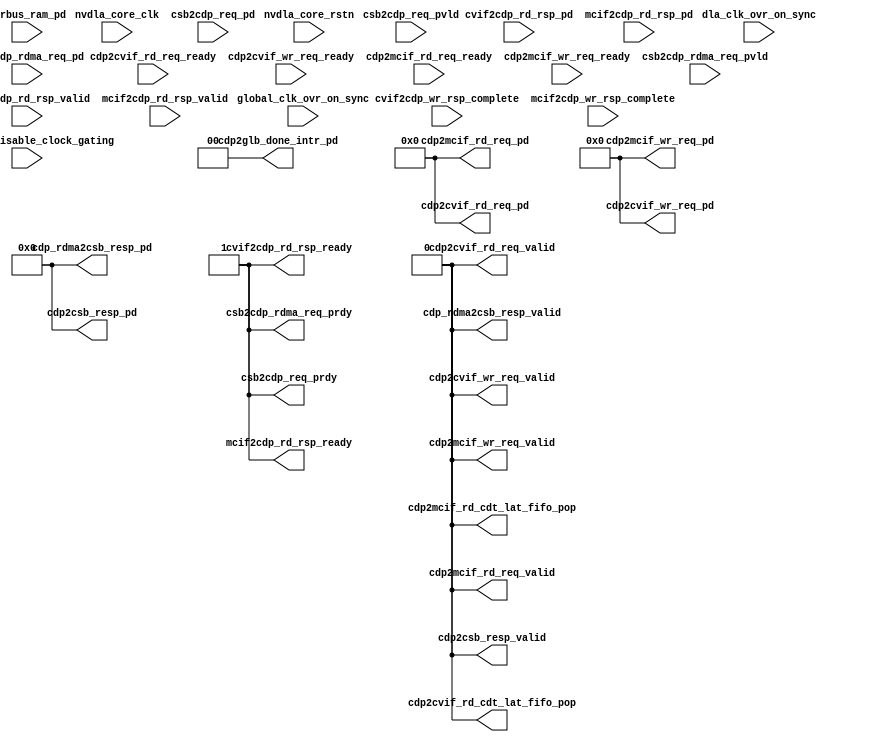
// ================================================================
// NVDLA Open Source Project
//
// Copyright(c) 2016 - 2017 NVIDIA Corporation. Licensed under the
// NVDLA Open Hardware License; Check "LICENSE" which comes with
// this distribution for more information.
// ================================================================
//
`define SYNTHESIS
//
module NV_NVDLA_cdp (
   dla_clk_ovr_on_sync //|< i
  ,global_clk_ovr_on_sync //|< i
  ,tmc2slcg_disable_clock_gating //|< i
  ,nvdla_core_clk //|< i
  ,nvdla_core_rstn //|< i
  ,cdp2csb_resp_valid //|> o
  ,cdp2csb_resp_pd //|> o
  ,cdp2cvif_rd_cdt_lat_fifo_pop //|> o
  ,cdp2cvif_rd_req_valid //|> o
  ,cdp2cvif_rd_req_ready //|< i
  ,cdp2cvif_rd_req_pd //|> o
  ,cdp2cvif_wr_req_valid //|> o
  ,cdp2cvif_wr_req_ready //|< i
  ,cdp2cvif_wr_req_pd //|> o
  ,cdp2glb_done_intr_pd //|> o
  ,cdp2mcif_rd_cdt_lat_fifo_pop //|> o
  ,cdp2mcif_rd_req_valid //|> o
  ,cdp2mcif_rd_req_ready //|< i
  ,cdp2mcif_rd_req_pd //|> o
  ,cdp2mcif_wr_req_valid //|> o
  ,cdp2mcif_wr_req_ready //|< i
  ,cdp2mcif_wr_req_pd //|> o
  ,cdp_rdma2csb_resp_valid //|> o
  ,cdp_rdma2csb_resp_pd //|> o
  ,csb2cdp_rdma_req_pvld //|< i
  ,csb2cdp_rdma_req_prdy //|> o
  ,csb2cdp_rdma_req_pd //|< i
  ,csb2cdp_req_pvld //|< i
  ,csb2cdp_req_prdy //|> o
  ,csb2cdp_req_pd //|< i
  ,cvif2cdp_rd_rsp_valid //|< i
  ,cvif2cdp_rd_rsp_ready //|> o
  ,cvif2cdp_rd_rsp_pd //|< i
  ,cvif2cdp_wr_rsp_complete //|< i
  ,mcif2cdp_rd_rsp_valid //|< i
  ,mcif2cdp_rd_rsp_ready //|> o
  ,mcif2cdp_rd_rsp_pd //|< i
  ,mcif2cdp_wr_rsp_complete //|< i
  ,pwrbus_ram_pd //|< i
  );
//////////////////////////////////////////////////////////////////
input dla_clk_ovr_on_sync;
input global_clk_ovr_on_sync;
input tmc2slcg_disable_clock_gating;
//
// NV_NVDLA_cdp_ports.v
//
 input nvdla_core_clk;
 input nvdla_core_rstn;
 output cdp2csb_resp_valid; /* data valid */
 output [33:0] cdp2csb_resp_pd; /* pkt_id_width=1 pkt_widths=33,33  */
 output cdp2cvif_rd_cdt_lat_fifo_pop;
 output cdp2cvif_rd_req_valid; /* data valid */
 input cdp2cvif_rd_req_ready; /* data return handshake */
 output [79 -1:0] cdp2cvif_rd_req_pd;
 output cdp2cvif_wr_req_valid; /* data valid */
 input cdp2cvif_wr_req_ready; /* data return handshake */
 output [258 -1:0] cdp2cvif_wr_req_pd; /* pkt_id_width=1 pkt_widths=78,514  */
 output [1:0] cdp2glb_done_intr_pd;
 output cdp2mcif_rd_cdt_lat_fifo_pop;
 output cdp2mcif_rd_req_valid; /* data valid */
 input cdp2mcif_rd_req_ready; /* data return handshake */
 output [79 -1:0] cdp2mcif_rd_req_pd;
 output cdp2mcif_wr_req_valid; /* data valid */
 input cdp2mcif_wr_req_ready; /* data return handshake */
 output [258 -1:0] cdp2mcif_wr_req_pd; /* pkt_id_width=1 pkt_widths=78,514  */
 output cdp_rdma2csb_resp_valid; /* data valid */
 output [33:0] cdp_rdma2csb_resp_pd; /* pkt_id_width=1 pkt_widths=33,33  */
 input csb2cdp_rdma_req_pvld; /* data valid */
 output csb2cdp_rdma_req_prdy; /* data return handshake */
 input [62:0] csb2cdp_rdma_req_pd;
 input csb2cdp_req_pvld; /* data valid */
 output csb2cdp_req_prdy; /* data return handshake */
 input [62:0] csb2cdp_req_pd;
 input cvif2cdp_rd_rsp_valid; /* data valid */
 output cvif2cdp_rd_rsp_ready; /* data return handshake */
 input [257 -1:0] cvif2cdp_rd_rsp_pd;
 input cvif2cdp_wr_rsp_complete;
 input mcif2cdp_rd_rsp_valid; /* data valid */
 output mcif2cdp_rd_rsp_ready; /* data return handshake */
 input [257 -1:0] mcif2cdp_rd_rsp_pd;
 input mcif2cdp_wr_rsp_complete;
 input [31:0] pwrbus_ram_pd;
//
//
//////////////////////////////////////////////////////////////////
assign csb2cdp_req_prdy             =   1'b1; /* data return handshake */
assign cdp2csb_resp_valid           =   1'b0; /* data valid */
assign cdp2csb_resp_pd              =  34'd0; /* pkt_id_width=1 pkt_widths=33,33  */

assign csb2cdp_rdma_req_prdy        =   1'b1; /* data return handshake */
assign cdp_rdma2csb_resp_valid      =   1'd0; /* data valid */
assign cdp_rdma2csb_resp_pd         =  34'd0; /* pkt_id_width=1 pkt_widths=33,33  */

assign cvif2cdp_rd_rsp_ready        =   1'b1; /* data return handshake */
assign cdp2cvif_rd_cdt_lat_fifo_pop =   1'b0;
assign cdp2cvif_rd_req_valid        =   1'b0; /* data valid */
assign cdp2cvif_rd_req_pd           =  79'd0;
assign cdp2cvif_wr_req_valid        =   1'd0; /* data valid */
assign cdp2cvif_wr_req_pd           = 258'd0; /* pkt_id_width=1 pkt_widths=78,514  */

assign cdp2glb_done_intr_pd         =   2'd0;

assign mcif2cdp_rd_rsp_ready        =   1'b1; /* data return handshake */
assign cdp2mcif_rd_cdt_lat_fifo_pop =   1'b0;
assign cdp2mcif_rd_req_valid        =   1'd0; /* data valid */
assign cdp2mcif_rd_req_pd           =  79'd0;
assign cdp2mcif_wr_req_valid        =   1'd0; /* data valid */
assign cdp2mcif_wr_req_pd           = 258'd0; /* pkt_id_width=1 pkt_widths=78,514  */
//////////////////////////////////////////////////////////////////
//
//
endmodule // NV_NVDLA_cdp